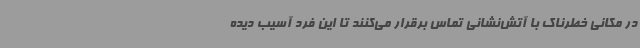
در مکانی خطرناک با آتش‌نشانی تماس برقرار می‌کنند تا این فرد آسیب دیده